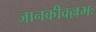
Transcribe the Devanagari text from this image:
जानकीवल्लभः